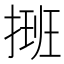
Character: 𢲔